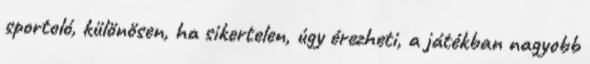
sportoló, különösen, ha sikertelen, úgy érezheti, a játékban nagyobb